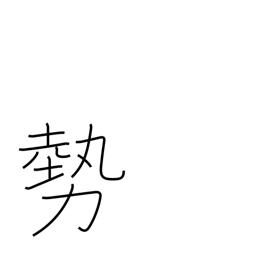
Meaning: forces